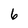
Character: 6